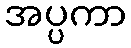
အပ္ပကာ